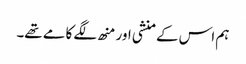
ہم اس کے منشی اور منھ لگے کامے تھے۔